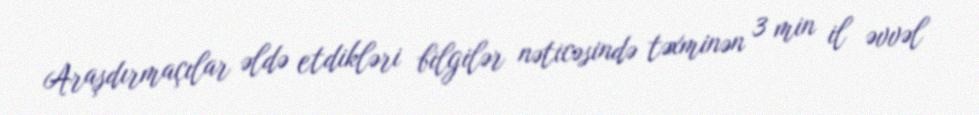
Araşdırmaçılar əldə etdikləri bilgilər nəticəsində təxminən 3 min il əvvəl